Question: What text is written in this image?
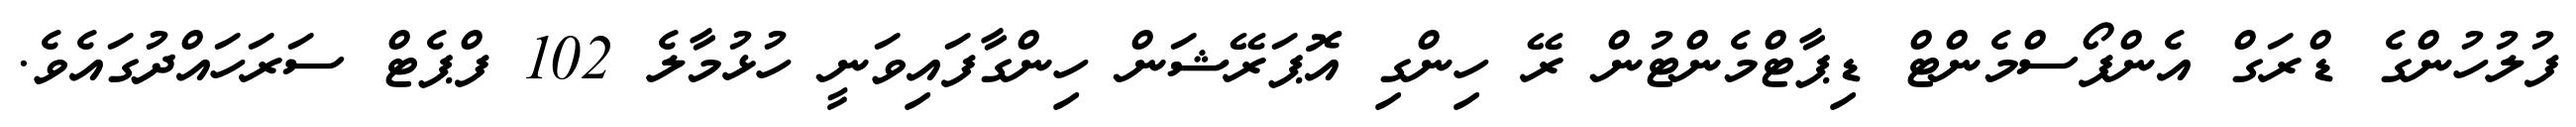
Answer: ފުލުހުންގެ ޑްރަގް އެންފޯސްމެންޓް ޑިޕާޓްމެންޓުން ރޭ ހިންގި އޮޕަރޭޝަން ހިންގާފައިވަނީ ހުޅުމާލެ 102 ފްޕެޓް ސަރަހައްދުގައެވެ.